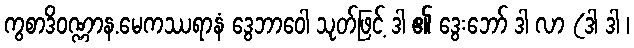
ကွစာဒိဝဏ္ဏာန.မေကဿရာနံ ဒွေဘာဝေါ သုတ်ဖြင့် ဒါ ၏ ဒွေးဘော် ဒါ လာ (ဒါ ဒါ ၊